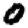
Digit: 0